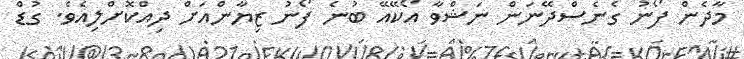
މާދެން ފޯނު ގެނެސްދޭނަން ނަޝްވާ އޯކޭއޭ ބުނެ ފޯނު ޒިޔާންއަށް ދިއްކޮށްލިއެވެ. ގުޑް